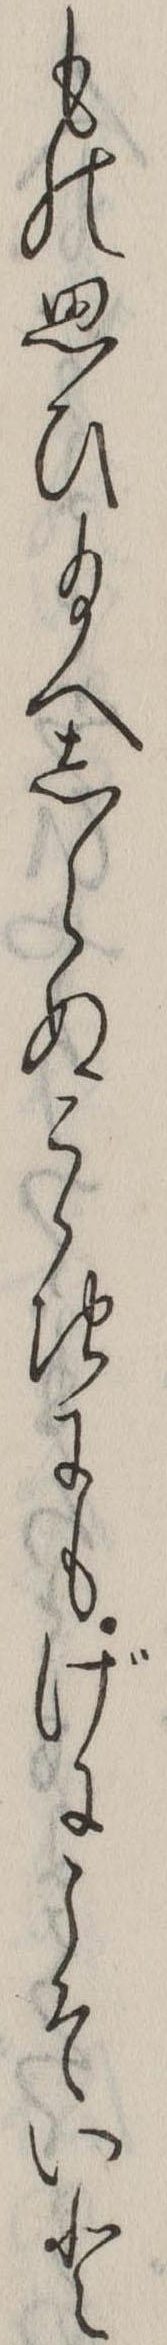
もの思ひ給へしらぬこゝちにもげにこそいと